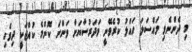
މި ދެންނެވި މައްސަލަ ހައްލު ކުރެވޭނީ މަދަރުސާޔަށް ވަންނަ ކޮންމެ ކުއްޖަކީ ދިވެހި